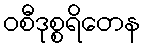
ဝစီဒုစ္စရိတေန